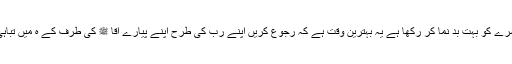
چھوٹی چھوٹی نیکیوں سے بڑی نیکیاں پیدا ہوتی ہیں ہم نے اپنے معاشرے کو بہت بد نما کر رکھا ہے یہ بہترین وقت ہے کہ رجوع کریں اپنے رب کی طرح اپنے پیارے آقا ﷺ کی طرف کے ہ میں تباہی اور بربادی سے نجات کا شائد اس سے بہترین وقت میسر نا آسکے ۔